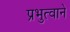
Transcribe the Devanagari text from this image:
प्रभुत्वाने